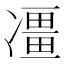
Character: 𠘌